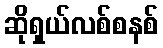
ဆိုရှယ်လစ်စနစ်